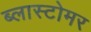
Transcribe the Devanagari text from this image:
ब्लास्टोमर